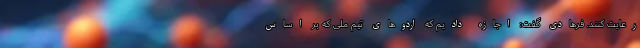
رعایت کنند. فرهادی گفت: اجازه دادیم که اردوهای تیم ملی که بر اساس